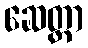
ဆေတ္တာ